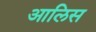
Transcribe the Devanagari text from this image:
आलिस